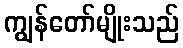
ကျွန်တော်မျိုးသည်